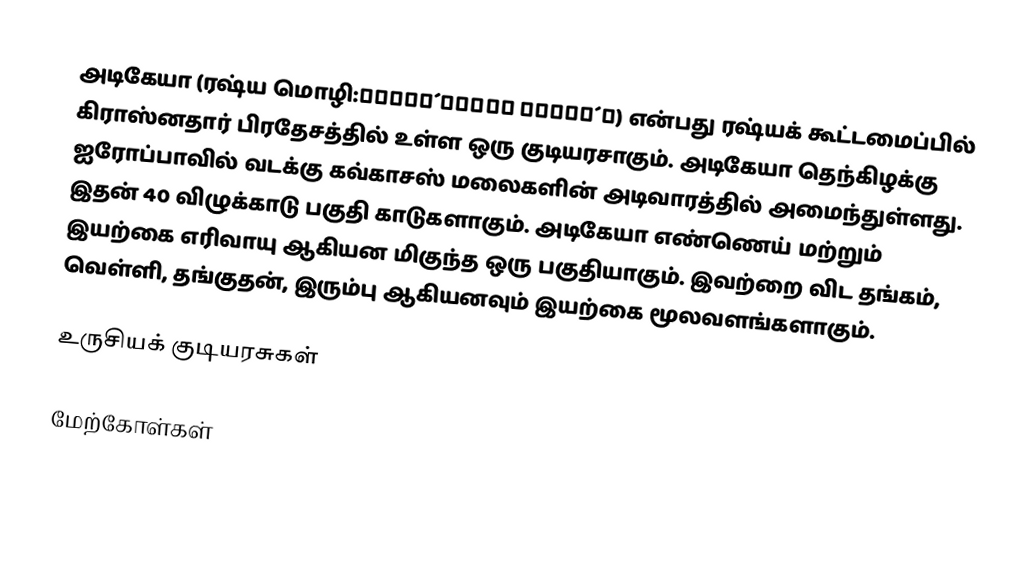
அடிகேயா (ரஷ்ய மொழி:Респу́блика Адыге́я) என்பது ரஷ்யக் கூட்டமைப்பில் கிராஸ்னதார் பிரதேசத்தில் உள்ள ஒரு குடியரசாகும். அடிகேயா தெந்கிழக்கு ஐரோப்பாவில் வடக்கு கவ்காசஸ் மலைகளின் அடிவாரத்தில் அமைந்துள்ளது. இதன் 40 விழுக்காடு பகுதி காடுகளாகும். அடிகேயா எண்ணெய் மற்றும் இயற்கை எரிவாயு ஆகியன மிகுந்த ஒரு பகுதியாகும். இவற்றை விட தங்கம், வெள்ளி, தங்குதன், இரும்பு ஆகியனவும் இயற்கை மூலவளங்களாகும்.

உருசியக் குடியரசுகள்

மேற்கோள்கள்